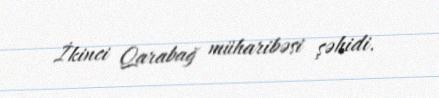
İkinci Qarabağ müharibəsi şəhidi.